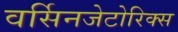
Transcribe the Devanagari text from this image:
वर्सिनजेटोरिक्स